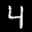
Label: 4